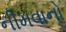
નીમવાનો